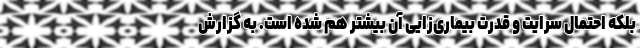
بلکه احتمال سرایت و قدرت بیماری‌زایی آن بیشتر هم شده است. به گزارش